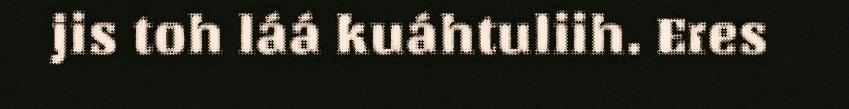
jis toh láá kuáhtuliih. Eres